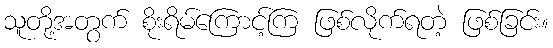
သူတို့အတွက် စိုးရိမ်ကြောင့်ကြ ဖြစ်လိုက်ရတဲ့ ဖြစ်ခြင်း။